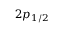
2 p _ { 1 / 2 }